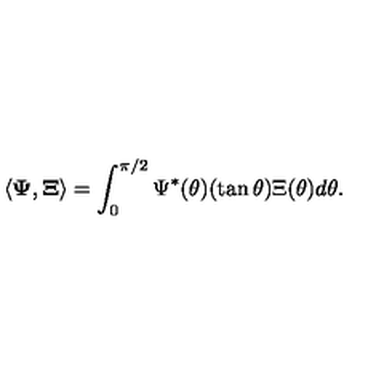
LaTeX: \langle { \bf \Psi } , { \bf \Xi } \rangle = \int _ { 0 } ^ { \pi / 2 } \Psi ^ { * } ( \theta ) ( \tan \theta ) \Xi ( \theta ) d \theta .